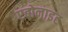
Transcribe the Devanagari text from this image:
एबोनाइट